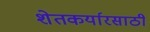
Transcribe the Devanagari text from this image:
शेतकर्यारसाठी